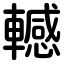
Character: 轗